Annual report on the lock hospitals of the Madras Presidency
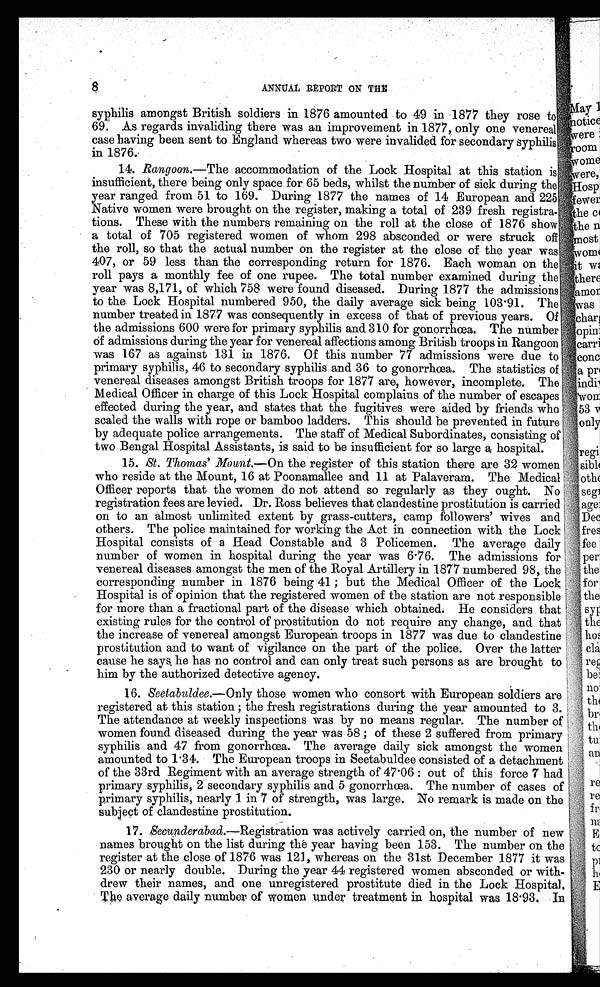
8
ANNUAL REPORT ON THE
syphilis amongst British soldiers in 1876 amounted to 49 in 1877 they rose to"
69. As regards invaliding there was an improvement in 1877, only one venereal
case having been sent to England whereas two were invalided for secondary syphilis
in 1876.-
14. Rangoon.—The accommodation of the Lock Hospital at this station is
insufficient, there being only space for 65 beds, whilst the number of sick during the'
year ranged from 51 to 169. During 1877 the names of 14 European and 225
Native women were brought on the register, making a total of 239 fresh
r e g i s t r a - t i o n s . T h e s e w i t h t h e n u m b e r s r e m a i n i n g o n t h e r o l l a t t h e c l o s e o f 1 8 7 6 s h o w
a total of 705 registered women of whom 298 absconded or were struck off
the roll, so that the actual number on the register at the close of the year was
407, or 59 less than the corresponding return for 1876. Each woman on the
roll pays a monthly fee of one rupee. The total number examined during the
year was 8,171, of which 758 were found diseased. During 1877 the admissions
to the. Lock Hospital numbered 950, the daily average sick being 103 . 91. The
number treated in 1877 was consequently in excess of that of previous years. Of
the admissions 600 were for primary syphilis and 310 for gonorrhoea. The number
Of admissions during the year for venereal affections among British troops in Rangoon
was 167 as against 131 in 1876. Of this number 77 admissions were due to
primary syphilis, 46 to secondary syphilis and 36 to gonorrhoea. The statistics of
venereal diseases amongst British troops for 1877 are, however, incomplete. The
Medical Officer in charge of this Lock Hospital complains of the number of escapes
effected during the year, and states that the fugitives were aided by friends who
scaled the walls with rope or bamboo ladders. This should be prevented in future
by adequate police arrangements. The staff of Medical Subordinates, consisting of
two Bengal Hospital Assistants, is said to be insufficient for so large a hospital.
15. St. Thomas' Mount.—On the register of this station there are 32 women
who reside at the Mount, 16 at Poonamallee and 11 at Palaveram. The Medical
Officer reports that the women do not attend so regularly as they ought. No
registration fees are levied. Dr. Ross believes that clandestine prostitution is carried
on to an almost unlimited extent by grass-cutters, camp followers' wives and
others. The police maintained for working the Act in connection with the Lock
Hospital consists of a Head Constable and 3 Policemen. The average daily
number of women in hospital during the year was 6 . 76. The admissions for
venereal diseases amongst the men of the Royal Artillery in 1877 numbered 98, the
corresponding number in 1876 being 41 ; but the Medical Officer of the Lock
Hospital is of opinion that the registered women of the station are not responsible
for more than a fractional part of the disease which obtained. He considers that
existing rules for the control of prostitution do not require any change, and that
the increase of venereal amongst European troops in 1877 was due to clandestine
prostitution and to want of vigilance on the part of the police. Over the latter
cause he says. he has no control and can only treat such persons as are brought to
him by the authorized detective agency.
16. Seetabuldee.—Only those women who consort with European soldiers are
registered at this station ; the fresh registrations during the year amounted to 3.
The attendance at weekly inspections was by no means regular. The number of
women found diseased during the year was 58 ; of these 2 suffered from primary
syphilis and 47 from gonorrhœa. The average daily sick amongst the women
amounted to 1 . 34. The European troops in Seetabuldee consisted of a detachment
of the 33rd Regiment with an average strength of 47 .06: out of this force 7 had
primary syphilis, 2' secondary syphilis and 5 gonorrhœa. The number of cases of
primary syphilis, nearly 1 in 7 of strength, was large. No remark is made on the
subject of clandestine prostitution.
17. Secunderabad.—Registration was actively carried on, the number of new
names brought on the list during the year having been 153. The number on the
register at the close of 1876 was 121, whereas on the 31st December 1877 it was
230 or nearly double. During the year 44 registered women absconded or with-
drew their names, and one unregistered prostitute died in the Lock Hospital,
The average daily number of women under treatment in hospital was 18-93. In